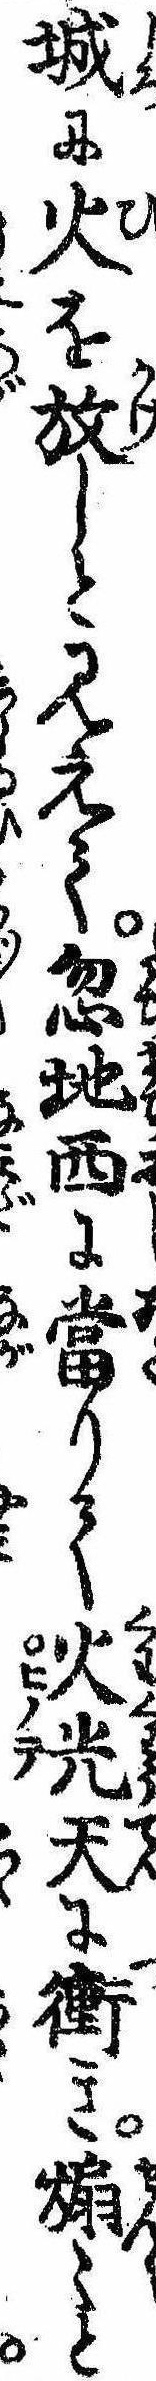
城に火を放しと見えて忽地西に当りて火光天に衝き煽〻と